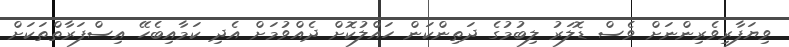
ވިޔަފާރިވެރިންނަށް ވެސް ޑޮލަރު ލިބުމުގެ ދަތިންކަން ހައްލުކޮށް ދެއްވުމަށް އެދި ކަމާއިބެހޭ އިސްފަރާތްތަކަށް